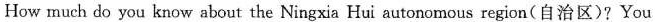
How much do you know about the Ningxia Hui autonomous region(自治区)?You